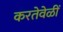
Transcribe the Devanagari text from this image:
करतेवेळीं